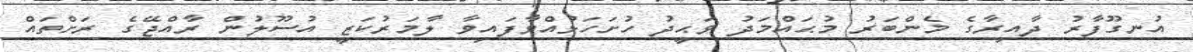
އުނގޫފާރު ދާއިރާގެ މެންބަރު މުޙައްމަދު ވަޙީދު ހުށަހަޅުއްވާފައިވާ ލާމަރުކަޒީ އުސޫލުން ރާއްޖޭގެ ރަށްތައް